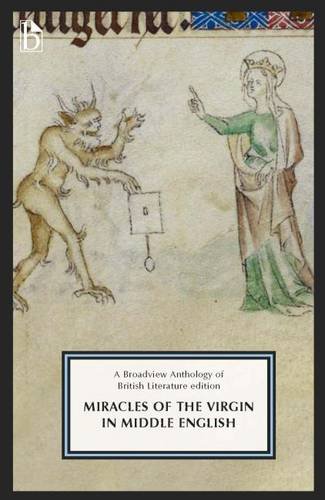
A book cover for Miracles of the Virgin in Middle English: A Broadview Anthology of British Literature edition; Literature & Fiction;